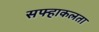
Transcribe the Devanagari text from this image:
सफ्हाकलता